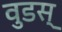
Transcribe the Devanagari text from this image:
वुडस्